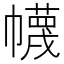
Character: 幭